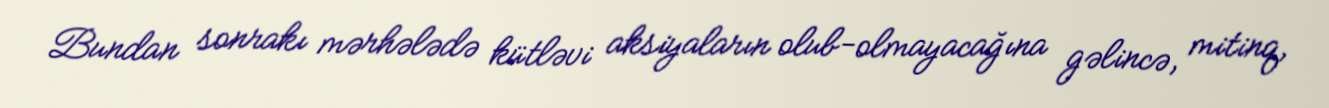
Bundan sonrakı mərhələdə kütləvi aksiyaların olub-olmayacağına gəlincə, mitinq,